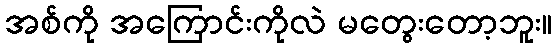
အစ်ကို အကြောင်းကိုလဲ မတွေးတော့ဘူး။